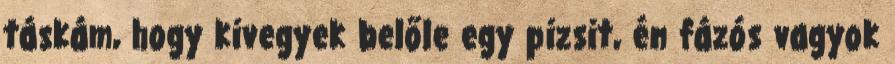
táskám, hogy kivegyek belőle egy pizsit, én fázós vagyok